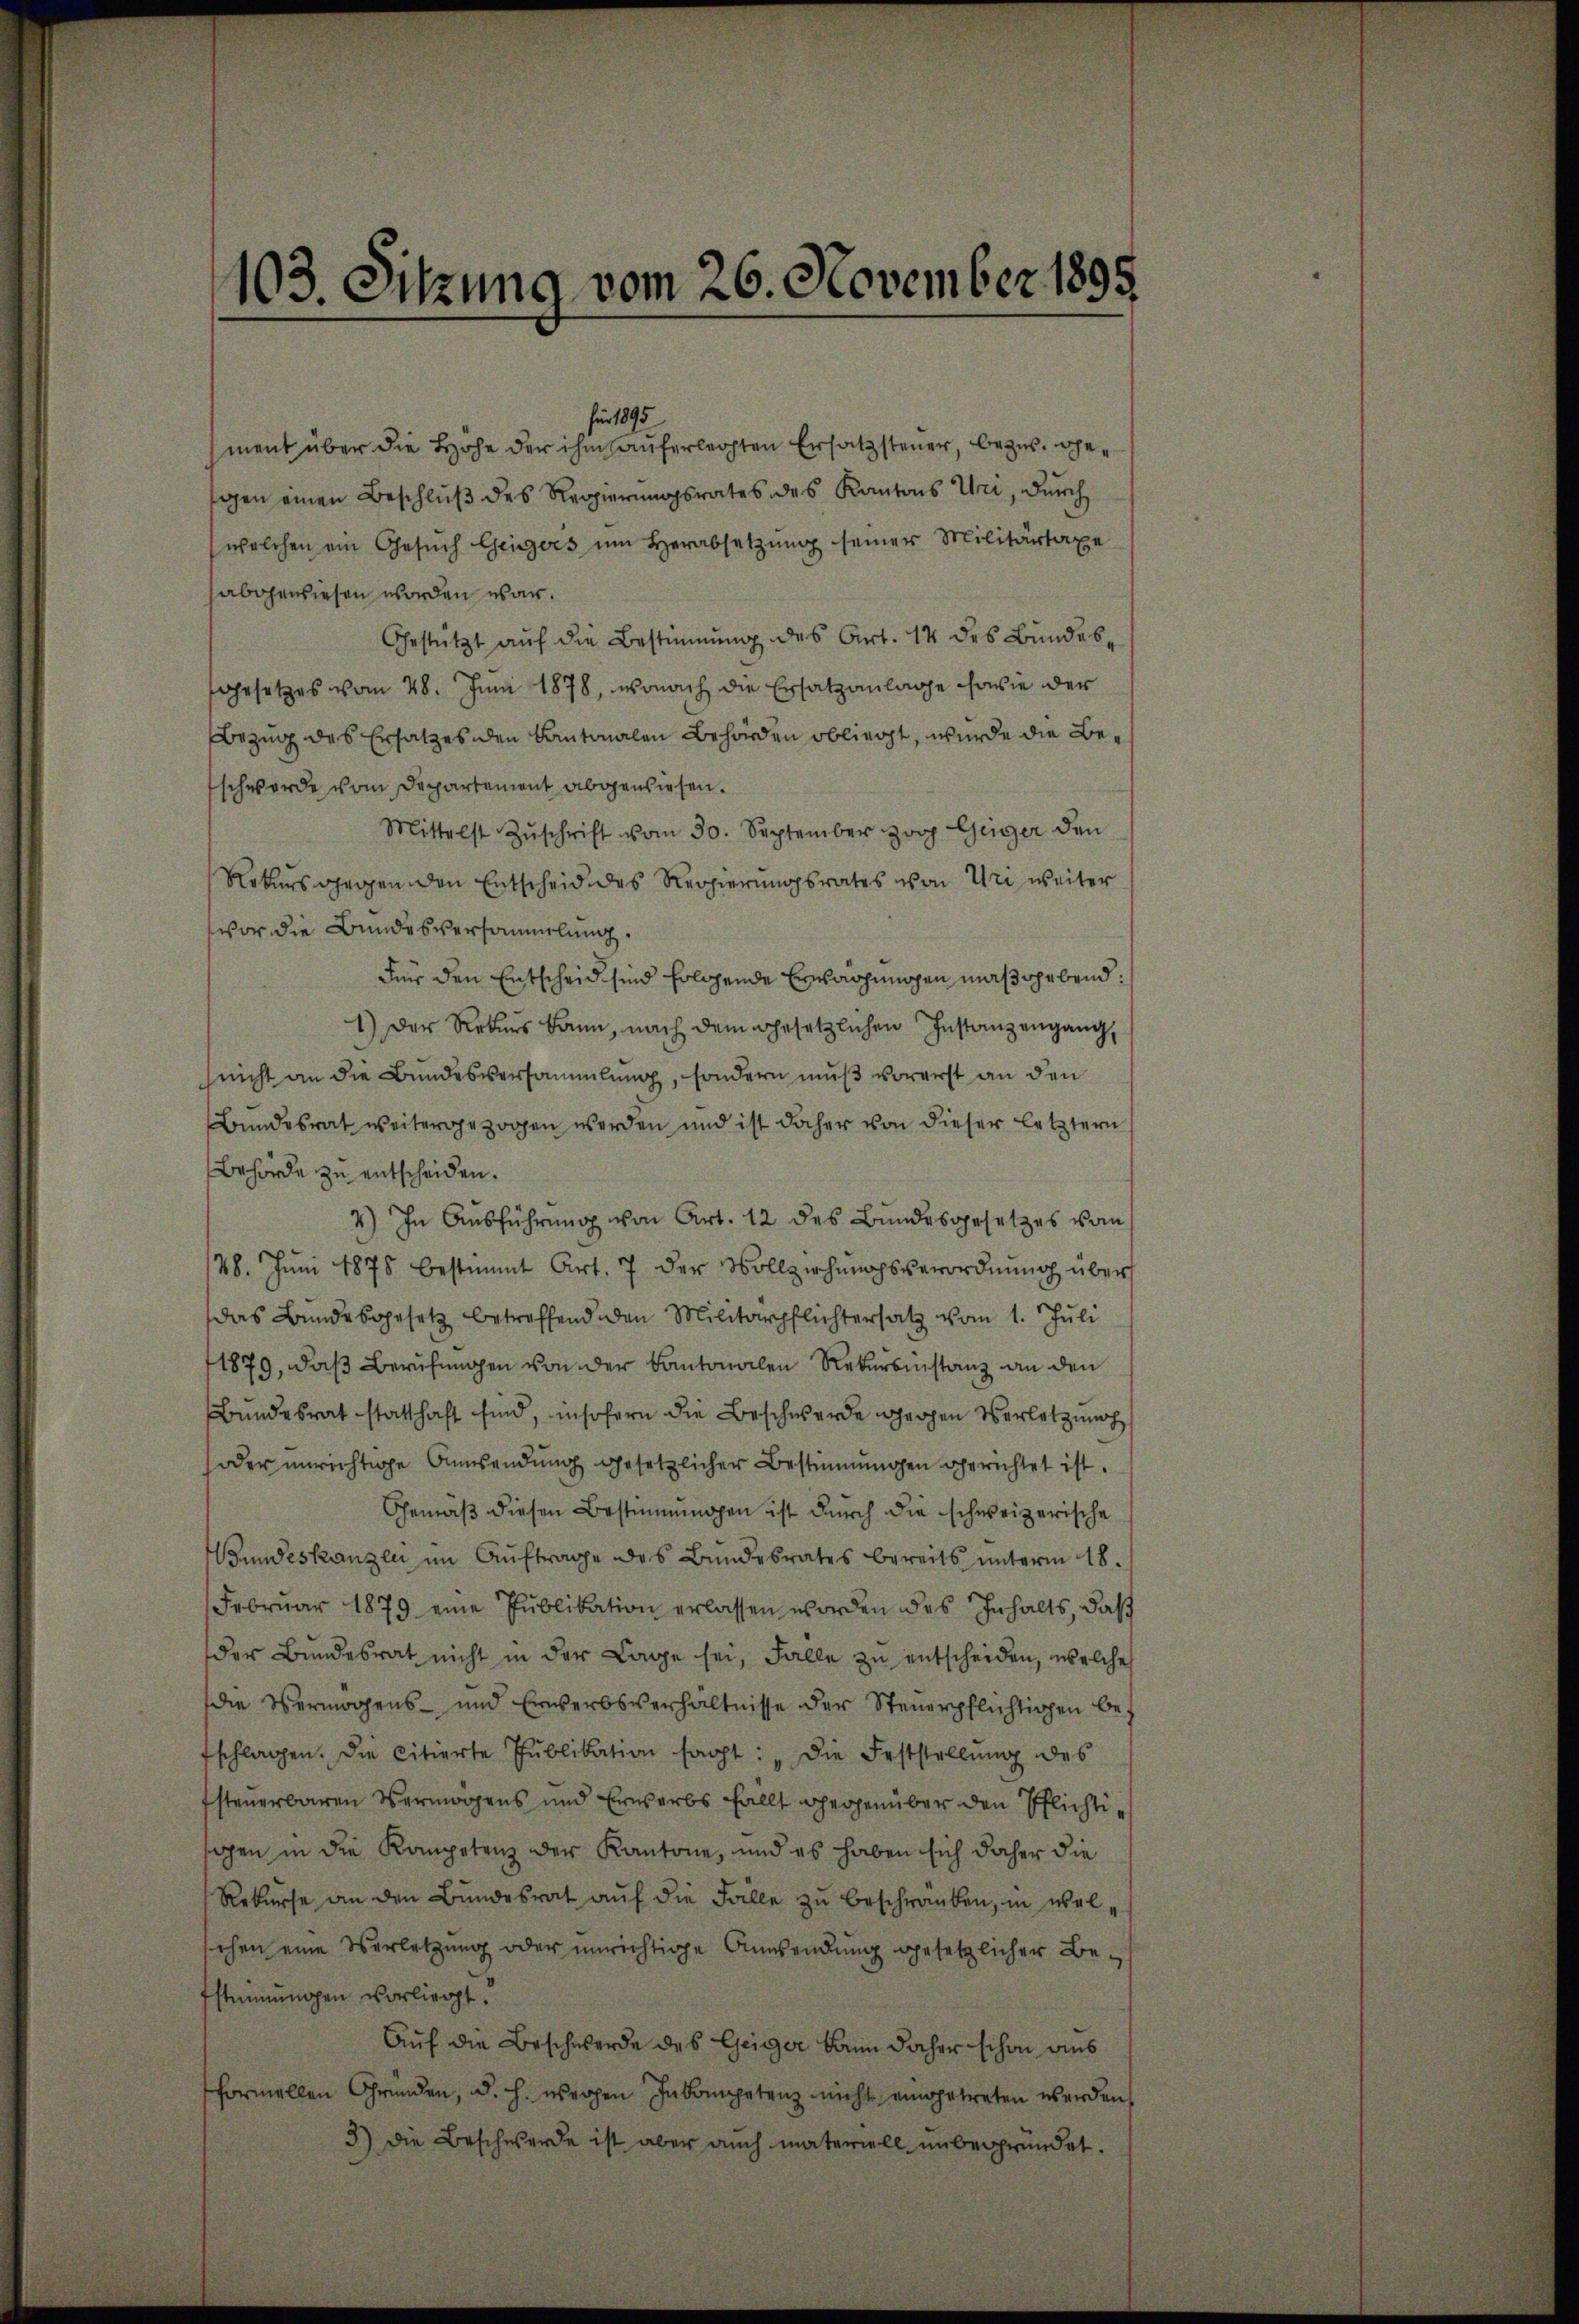
103. Octzung vom 26. November 1895

für 1895
ment über die Höhe der ihm auferlegten Ersatzsteuer, bezw. gegen einen Beschluß des Regierungsrates des Kantons Uri, durch
welchen ein Gesŭch Geigers ŭm Herabsetzŭng seiner Militärtaxe
abgewiesen worden war.
Gestützt auf die Bestimmung des Art. 14 des Bundesgesetzes vom 28. Juni 1878, wonach die Ersatzanlage sowie der
Bezug des Ersatzes den Kantonalen Behörden obliegt, wurde die Beschwerde vom Departement abgewiesen.
Mittelst Zŭschrift vom 30. September zog Giger den
Rekurs gegen den Entscheid des Regierungsrates von Uri weiter
vor die Bundesversammlung.
Für den Entscheid sind folgende Erwachungen maßgebend:
1) Der Rekurs kann, nach dem Gesetzlichen Instanzengang,
nicht an die Bundesversammlung, sondern muß vorerst an den
Bundesrat weitergezogen werden und ist daher von dieser letztern
Behörde zu entscheiden.
4) In Ausführung von Art. 12 des Bundesgesetzes vom
28. Jŭni 1878 bestimmt Art. 7 der Vollziehŭngsverordnŭng über
das Bundesgesetz betreffend den Militärpflichtersatz vom 1. Juli
1879, daß Berufungen von der Kantonalen Rekursinstanz an den
Bundesrat statthaft sind, insofern die Beschwerde eigen Verletzun
oder unrichtige Ansendung gesetzlicher Bestimmungen gerichtet ist.
Gemäß diesen Bestimmungen ist durch die schweizerische
undeskanzli im Aŭftrage des Bundesrates bereits ŭnterm 18.
Februar 1879 eine Pŭblikation erlassen worden des Inhalts, daß
der Bundesrat nicht in der Lage sei, Falle zu entscheiden, welche
die Vermögens- und Erwerbsverhältnisse der Steuerpflichtigen be-
fschlagen. Die citierte Pŭblikation sagt: „Die Feststellŭng des
steuerbaren Vermögens und Erwerbs fällt gegenüber den Pflichtisagen in die Kompetenz der Kantone, und es haben sich daher die
Rekurse an den Bundesrat auf die Fälle zu beschränken, in welsehen eine Verletzung oder unrichtige Anwendung gesetzlicher Bestimmungen vorliegt.
Auf die Beschwerde des Geiger kann daher schon aus
formellen Gründen, d. h. wegen Inkompetenz nicht eingetreten werden,
3) Die Beschwerde ist aber auch materiell unbegründet.